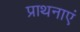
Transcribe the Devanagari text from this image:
प्राथनाएं